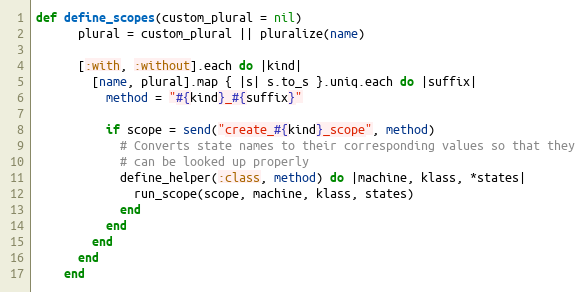
Language: Ruby
def define_scopes(custom_plural = nil)
      plural = custom_plural || pluralize(name)

      [:with, :without].each do |kind|
        [name, plural].map { |s| s.to_s }.uniq.each do |suffix|
          method = "#{kind}_#{suffix}"

          if scope = send("create_#{kind}_scope", method)
            # Converts state names to their corresponding values so that they
            # can be looked up properly
            define_helper(:class, method) do |machine, klass, *states|
              run_scope(scope, machine, klass, states)
            end
          end
        end
      end
    end